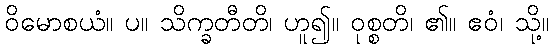
ဝိမောစယံ။ ပ။ သိက္ခတီတိ၊ ဟူ၍။ ဝုစ္စတိ၊ ၏။ ဧဝံ၊ သို့။